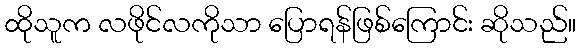
ထိုသူက လဖိုင်လကိုသာ ပြောရန်ဖြစ်ကြောင်း ဆိုသည်။